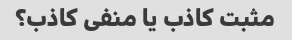
مثبت کاذب یا منفی کاذب؟